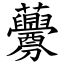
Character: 虋